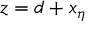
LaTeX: z = d + x _ { \eta }